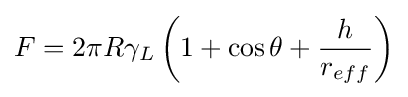
F=2\pi R\gamma _{L}\left(1+\cos \theta +{\frac {h}{r_{eff}}}\right)